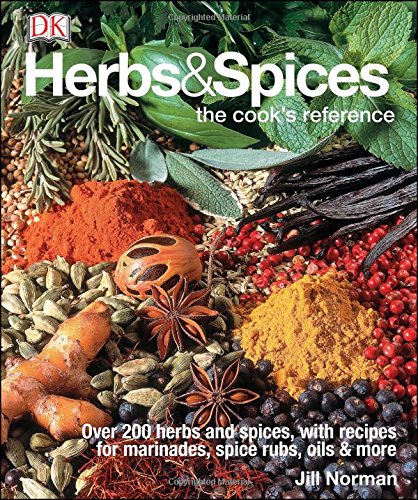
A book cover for Herbs & Spices: The Cook's Reference; Jill Norman; Cookbooks, Food & Wine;